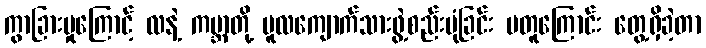
ကွာခြားမှုကြောင့် လနဲ့ ကမ္ဘာတို့ မူလကျောက်သားဖွဲ့စည်းပုံခြင်း မတူကြောင်း တွေ့ရှိခဲ့တာ